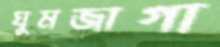
ঘুমজাগা